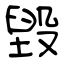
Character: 毀